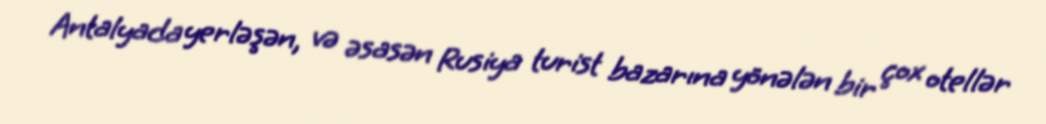
Antalyada yerləşən, və əsasən Rusiya turist bazarına yönələn bir çox otellər